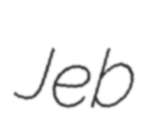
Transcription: Jeb